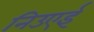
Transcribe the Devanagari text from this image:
निउएई